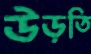
উড়তি